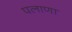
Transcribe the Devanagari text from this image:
पलाणा